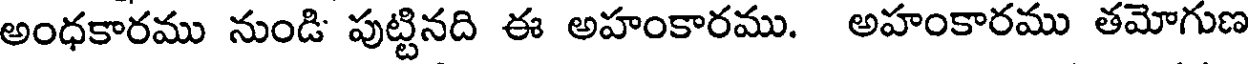
అంధకారము నుండి పుట్టినది ఈ అహంకారము. అహంకారము తమోగుణ